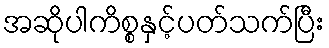
အဆိုပါကိစ္စနှင့်ပတ်သက်ပြီး